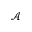
\mathcal { A }